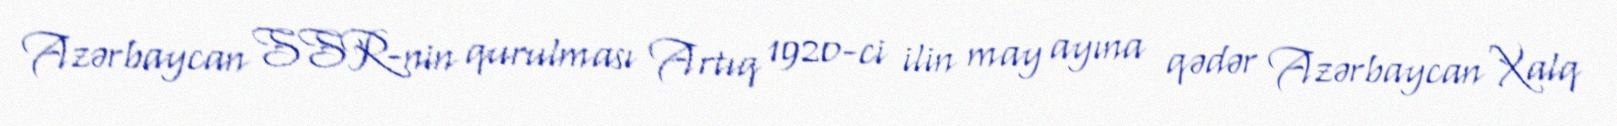
Azərbaycan SSR-nin qurulması Artıq 1920-ci ilin may ayına qədər Azərbaycan Xalq